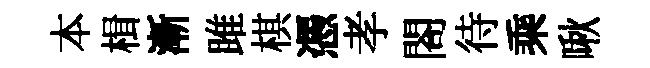
本楫漸雎棋憑孝閤待乘啾